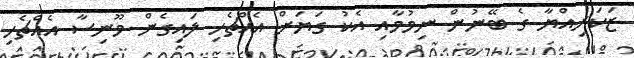
ޒަކަރިއްޔާ ގެ ބޭނުން ނިމުމާއި އެކު ގަޔަށް އެއްޗެހި ލައިގެން މޫނިސާ އެއްޗެހި